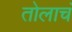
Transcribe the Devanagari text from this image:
तोलाचं